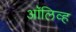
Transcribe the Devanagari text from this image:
अाॅलिव्ह